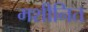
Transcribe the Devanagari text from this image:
मशीनित